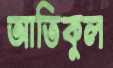
আতিকুল